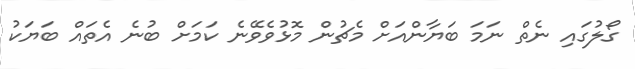
ގޯލުގައި ނެތް ނަމަ ބަޔާންއަށް މެޗުން މޮޅުވެވޭނެ ކަމަށް ބުނެ އެތައް ބަޔަކު